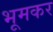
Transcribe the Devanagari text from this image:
भूमकर